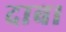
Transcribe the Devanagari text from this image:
दाब।